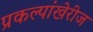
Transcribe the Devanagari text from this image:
प्रकल्पांखेरीज